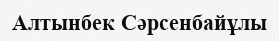
Алтынбек Сәрсенбайұлы